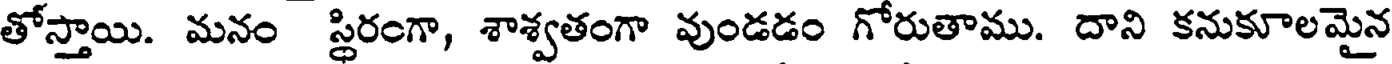
తోస్తాయి. మనం స్థిరంగా, శాశ్వతంగా వుండడం గోరుతాము. దాని కనుకూలమైన